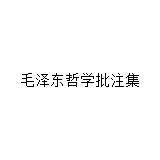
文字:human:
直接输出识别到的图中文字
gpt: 毛泽东哲学批注集